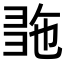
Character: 𢑠